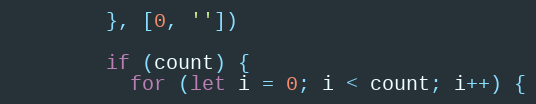
Language: JavaScript
        }, [0, ''])

        if (count) {
          for (let i = 0; i < count; i++) {